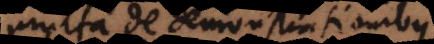
multa de demonstrationibus